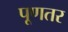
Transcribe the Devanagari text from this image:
पूणतर